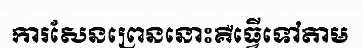
ការសែនព្រេននោះគឺធ្វើទៅតាម